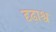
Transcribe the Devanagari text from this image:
दृढ़ाश्व